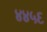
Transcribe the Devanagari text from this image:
४४५६